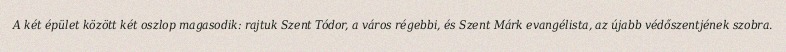
A két épület között két oszlop magasodik: rajtuk Szent Tódor, a város régebbi, és Szent Márk evangélista, az újabb védőszentjének szobra.